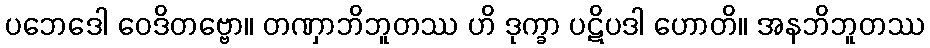
ပဘေဒေါ ဝေဒိတဗ္ဗော။ တဏှာဘိဘူတဿ ဟိ ဒုက္ခာ ပဋိပဒါ ဟောတိ။ အနဘိဘူတဿ